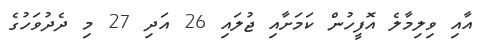
އާއި ވިލިމާލެ އޮފީހުން ކަމަށާއި ޖުލައި 26 އަދި 27 މި ދެދުވަހުގެ